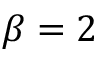
\beta = 2